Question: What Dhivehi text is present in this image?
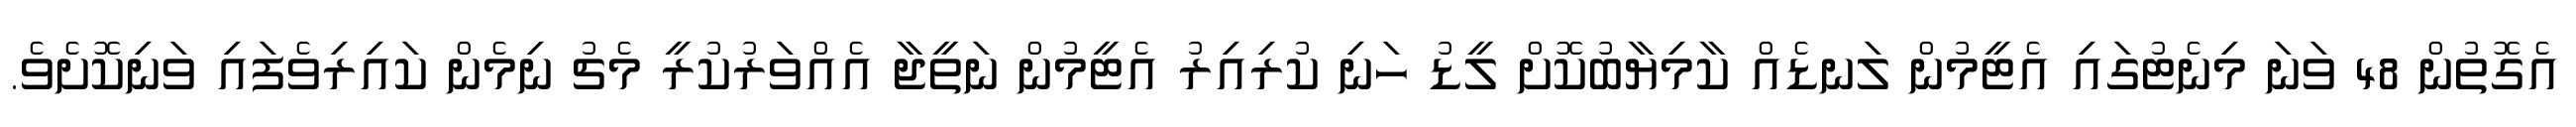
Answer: އެގޮތުން 48 ވަނަ މިނެޓުގައި އެޓީމުން ލަނޑެއް ކާމިޔާބުކޮށް ލީޑު ހަނި ކުރިއިރު އެޓީމުން ނަތީޖާ އެއްވަރުކުރީ މެޗު ނިމެން ކައިރިވެފައި ވަނިކޮށެވެ.